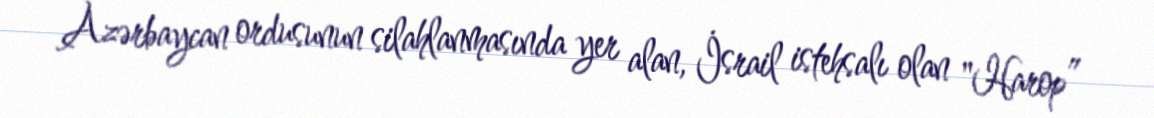
Azərbaycan ordusunun silahlanmasında yer alan, İsrail istehsalı olan "Harop”